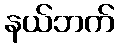
နယ်ဘက်